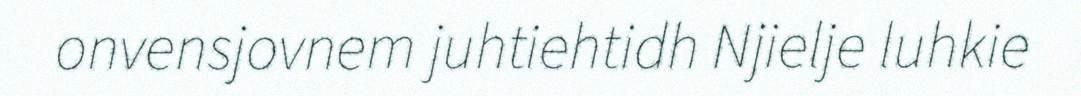
onvensjovnem juhtiehtidh Njielje luhkie